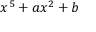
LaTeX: x ^ { 5 } + a x ^ { 2 } + b